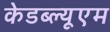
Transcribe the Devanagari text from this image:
केडब्ल्यूएम